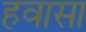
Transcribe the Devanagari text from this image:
हवासा